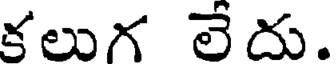
కలుగ లేదు.